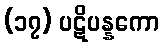
(၁၇) ပဋိပန္နကော